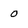
Character: 0